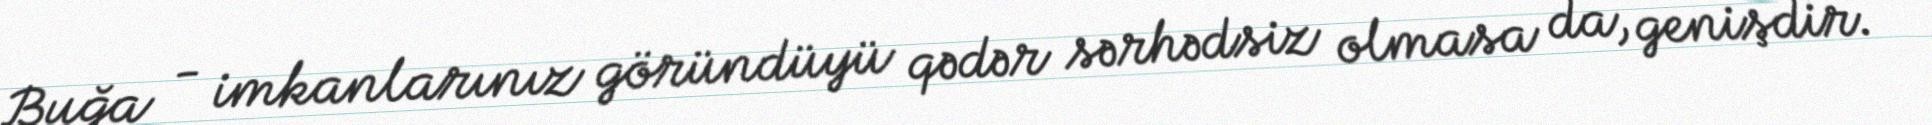
Buğa - imkanlarınız göründüyü qədər sərhədsiz olmasa da, genişdir.